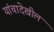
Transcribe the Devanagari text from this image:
यांचादेखील